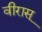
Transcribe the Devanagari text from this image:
वीरास्